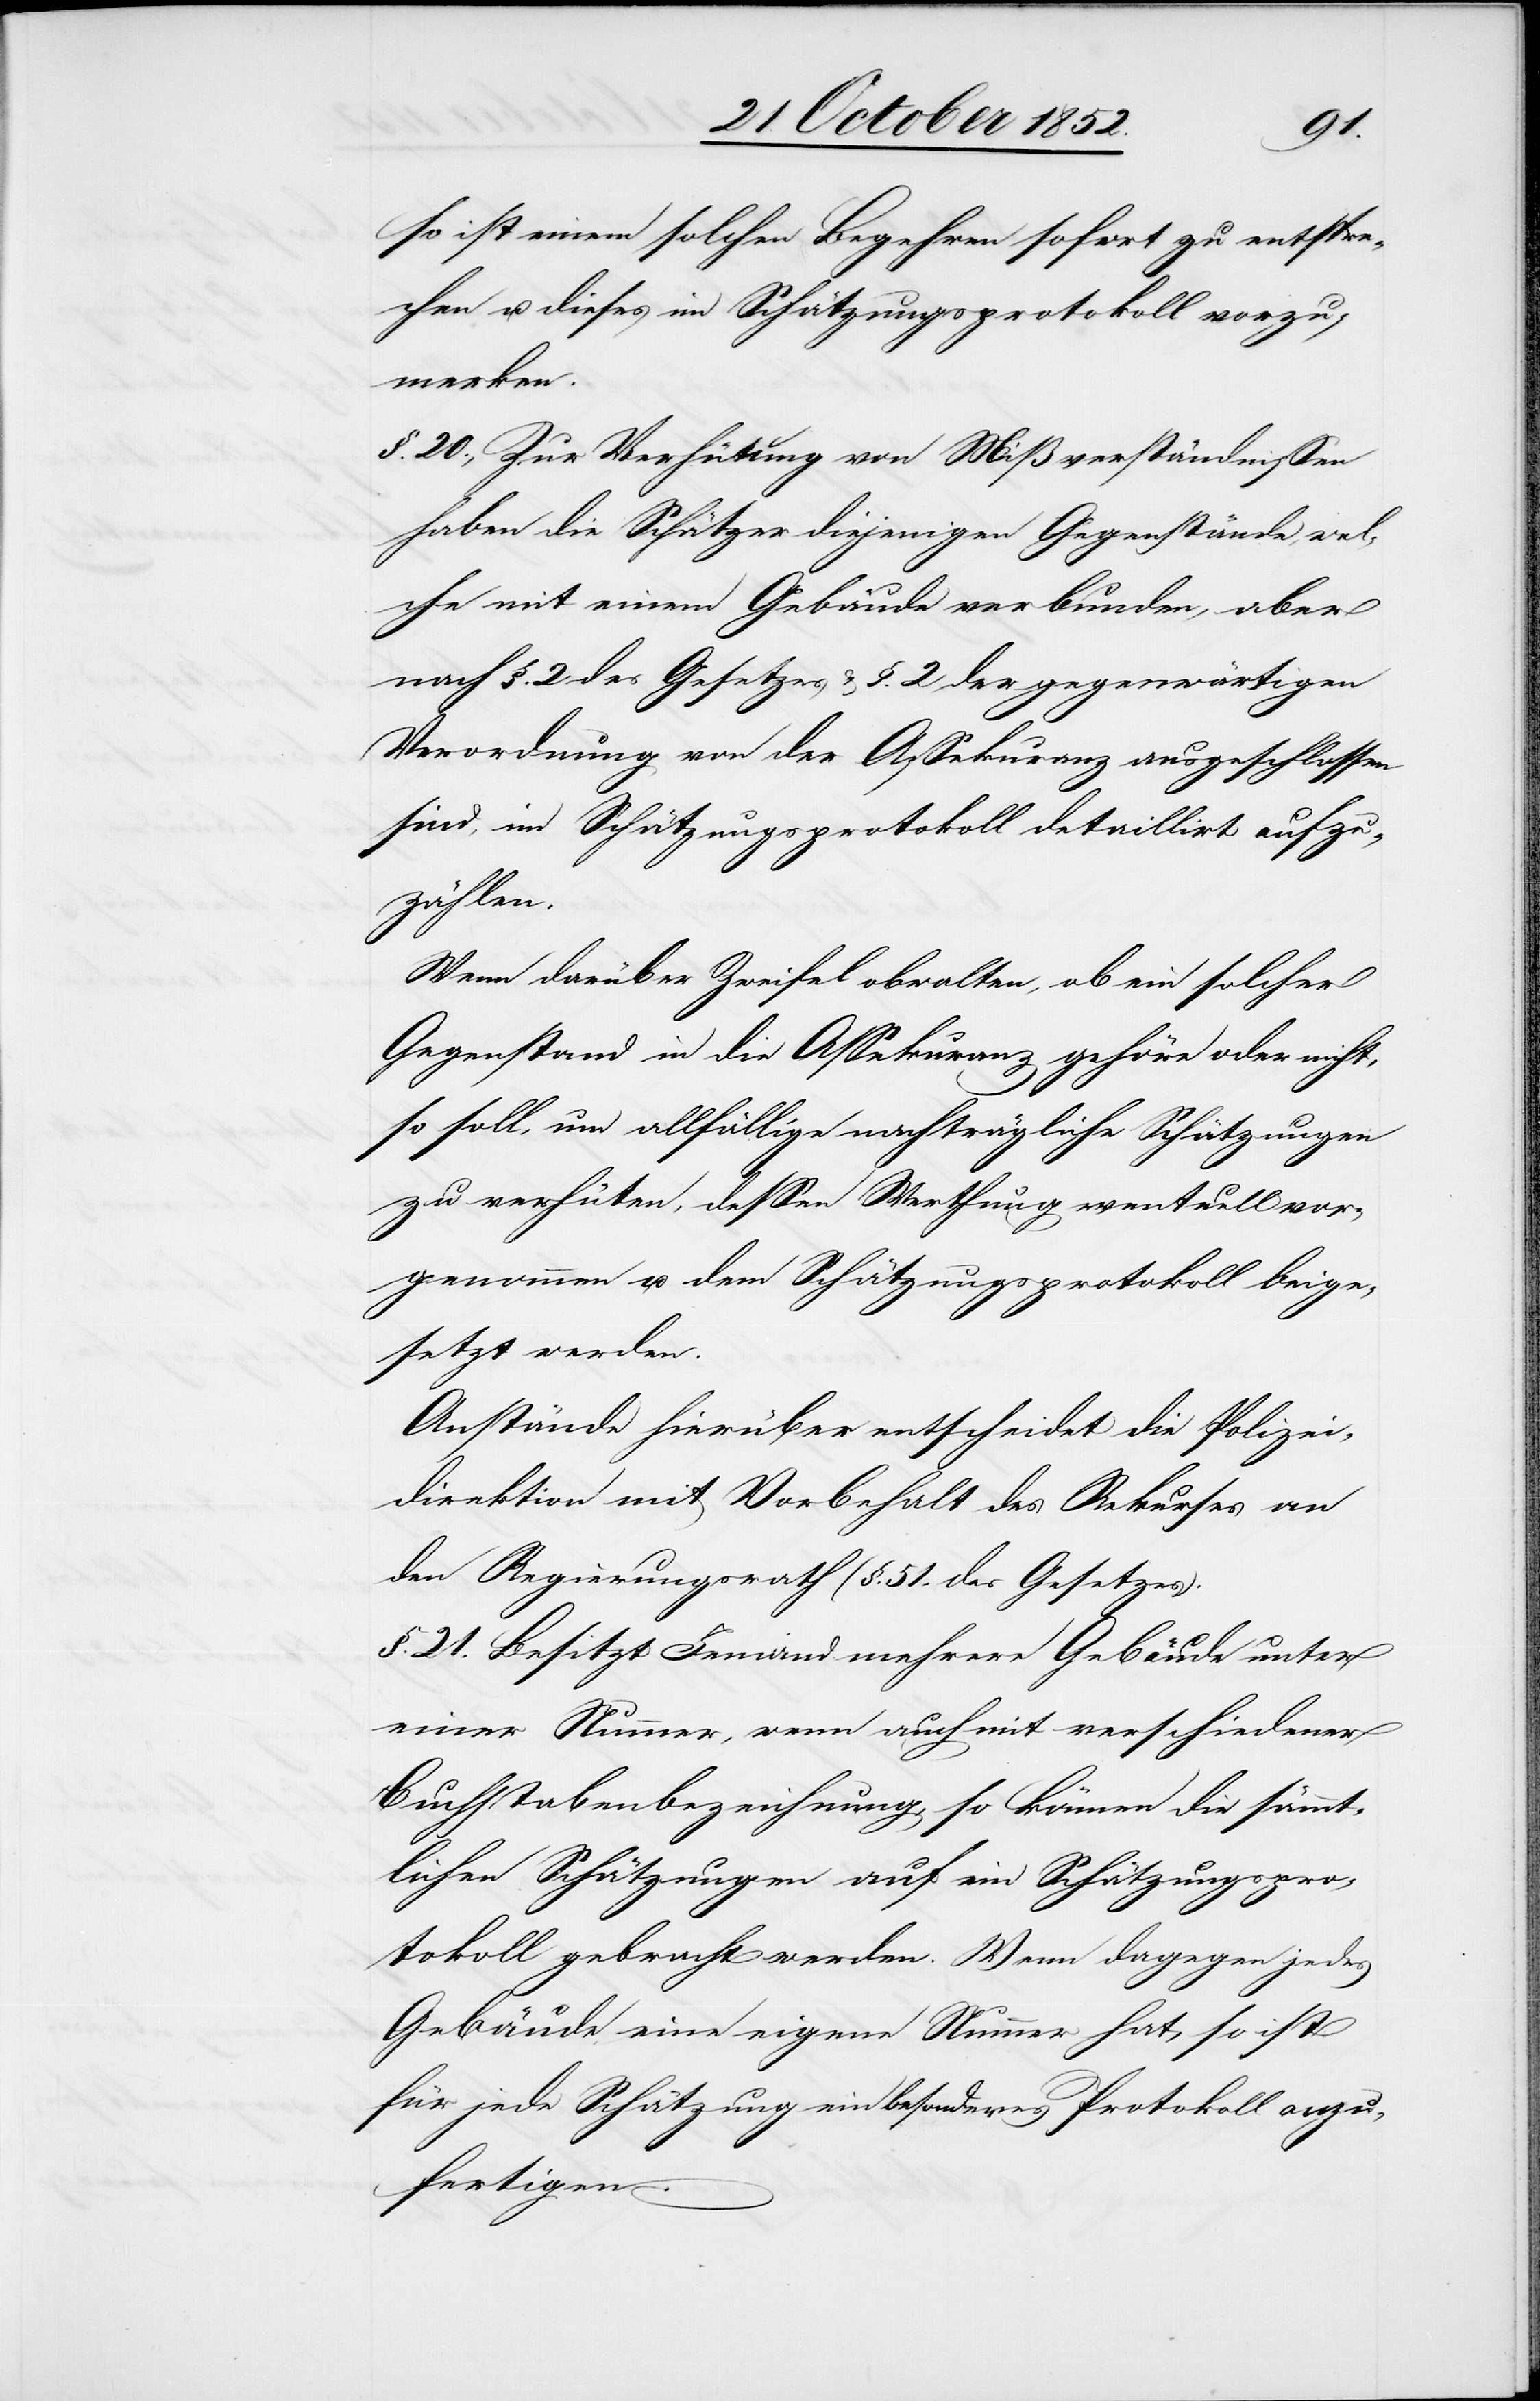
so ist einem solchen Begehren sofort zu entspre¬
chen u. dieses im Schätzungsprotokoll vorzu¬
merken.
§. 20., Zur Verhütung von Mißverständnissen
haben die Schätzer diejenigen Gegenstände, wel¬
che mit einem Gebäude verbunden, aber
nach §. 2 des Gesetzes & §. 2 der gegenwärtigen
Verordnung von der Assekuranz ausgeschlossen
sind, im Schätzungsprotokoll detaillirt aufzu¬
zählen.
Wenn darüber Zweifel obwalten, ob ein solcher
Gegenstand in die Assekuranz gehöre oder nicht,
so soll, um allfällige nachträgliche Schätzungen
zu verhüten, dessen Werthung eventuell vor¬
genommen u. dem Schätzungsprotokoll beige¬
setzt werden.
Anstände hierüber entscheidet die Polizei¬
direktion mit Vorbehalt des Rekurses an
den Regierungsrath (§. 51. des Gesetzes).
§. 21. Besitzt Jemand mehrere Gebäude unter
einer Nummer, wenn auch mit verschiedener
Buchstabenbezeichnung, so können die sämmt¬
lichen Schätzungen auf ein Schätzungspro¬
tokoll gebracht werden. Wenn dagegen jedes
Gebäude eine eigene Nummer hat, so ist
für jede Schätzung ein besonderes Protokoll anzu¬
fertigen.